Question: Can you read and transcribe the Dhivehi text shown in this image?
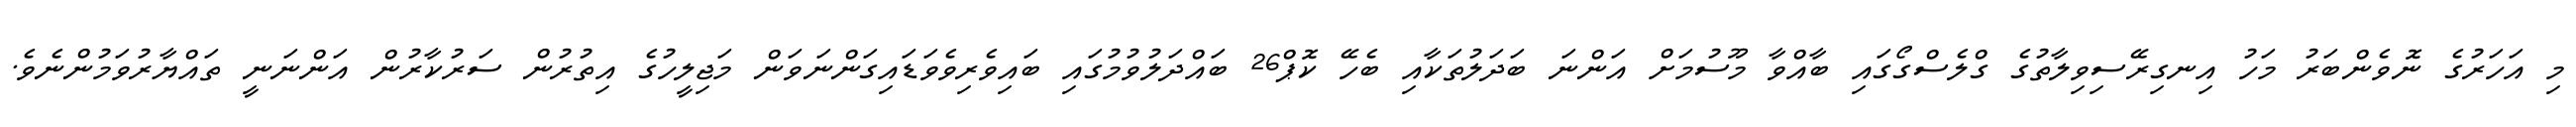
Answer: މި އަހަރުގެ ނޮވެންބަރު މަހު އިނގިރޭސިވިލާތުގެ ގްލެސްގޯގައި ބާއްވާ މޫސުމަށް އަންނަ ބަދަލުތަކާއި ބެހޭ ކޮޕް26 ބައްދަލުވުމުގައި ބައިވެރިވެވަޑައިގަންނަވަން މަޖިލީހުގެ އިތުރުން ސަރުކާރުން އަންނަނީ ތައްޔާރުވަމުންނެވެ.